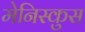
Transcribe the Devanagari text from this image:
मेनिस्कुस